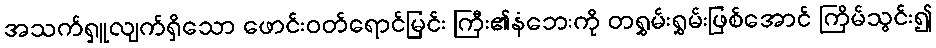
အသက်ရှူလျက်ရှိသော ဖောင်းဝတ်ရောင်မြင်း ကြီး၏နံဘေးကို တရွှမ်းရွှမ်းဖြစ်အောင် ကြိမ်သွင်း၍